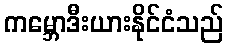
ကမ္ဘောဒီးယားနိုင်ငံသည်